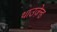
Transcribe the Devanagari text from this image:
थाउज़ेन्ड